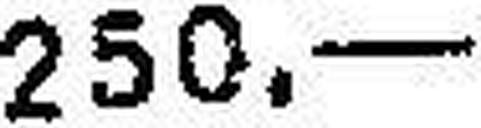
250.—